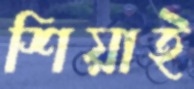
শিয়াই